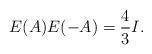
LaTeX: \begin{align*}E(A)E(-A)=\frac{4}{3}I.\end{align*}